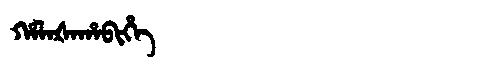
Manchu: ᡥᠠᠯᠠᡧᠠᡥᠠᠪᡳᡥᡝ
Romanization: HALAŠAHABIHE